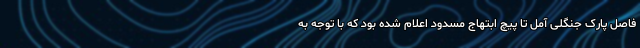
فاصل پارک جنگلی آمل تا پیچ ابتهاج مسدود اعلام شده بود که با توجه به